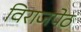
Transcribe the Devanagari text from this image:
विराजपेठ